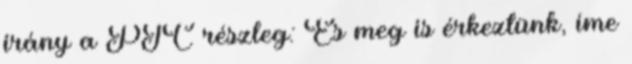
irány a PTC részleg: És meg is érkeztünk, íme